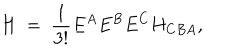
LaTeX: H \ = \ \frac { 1 } { 3 ! } E ^ { A } E ^ { B } E ^ { C } H _ { C B A } ,